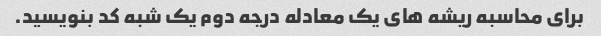
برای محاسبه ریشه های یک معادله درجه دوم یک شبه کد بنویسید.